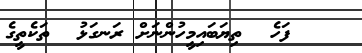
ފަހެ  ތިޔަބައިމީހުންނަށް ރަނގަޅު  ތަކެތީގެ